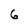
Character: 6